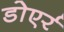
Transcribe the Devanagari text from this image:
डोएर्र